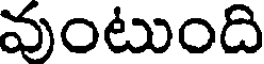
వుంటుంది